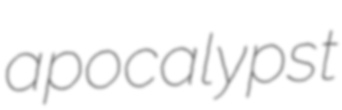
apocalypst